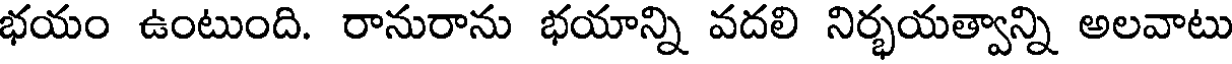
భయం ఉంటుంది. రానురాను భయాన్ని వదలి నిర్భయత్వాన్ని అలవాటు